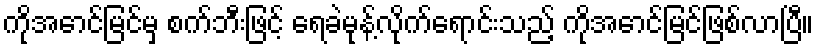
ကိုအောင်မြင်မှ စက်ဘီးဖြင့် ရေခဲမုန့်လိုက်ရောင်းသည့် ကိုအောင်မြင်ဖြစ်လာပြီ။